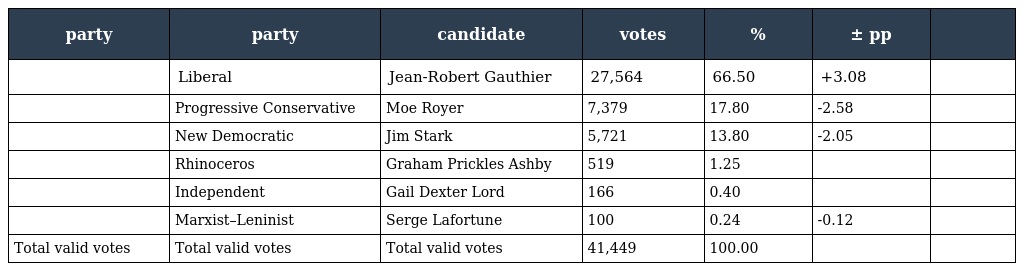
| party | party | candidate | votes | % | ± pp |  |
 | --- | --- | --- | --- | --- | --- | --- |
 |  | Liberal | Jean-Robert Gauthier | 27,564 | 66.50 | +3.08 |  |
 |  | Progressive Conservative | Moe Royer | 7,379 | 17.80 | -2.58 |  |
 |  | New Democratic | Jim Stark | 5,721 | 13.80 | -2.05 |  |
 |  | Rhinoceros | Graham Prickles Ashby | 519 | 1.25 |  |  |
 |  | Independent | Gail Dexter Lord | 166 | 0.40 |  |  |
 |  | Marxist–Leninist | Serge Lafortune | 100 | 0.24 | -0.12 |  |
 | Total valid votes | Total valid votes | Total valid votes | 41,449 | 100.00 |  |  |